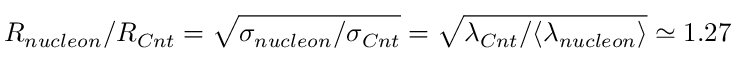
R _ { n u c l e o n } / R _ { C n t } = \sqrt { \sigma _ { n u c l e o n } / \sigma _ { C n t } } = \sqrt { \lambda _ { C n t } / \langle \lambda _ { n u c l e o n } \rangle } \simeq 1 . 2 7